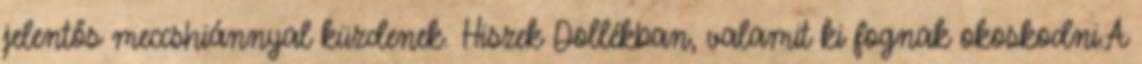
jelentős meccshiánnyal küzdenek. Hiszek Dollékban, valamit ki fognak okoskodni.A